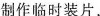
制作临时装片，